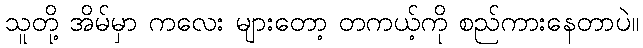
သူတို့ အိမ်မှာ ကလေး များတော့ တကယ့်ကို စည်ကားနေတာပဲ။